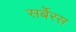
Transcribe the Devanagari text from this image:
सर्बेरस